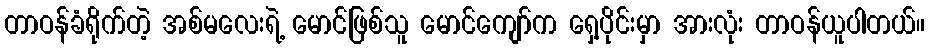
တာဝန်ခံရိုက်တဲ့ အစ်မလေးရဲ့ မောင်ဖြစ်သူ မောင်ကျော်က ရှေ့ပိုင်းမှာ အားလုံး တာဝန်ယူပါတယ်။